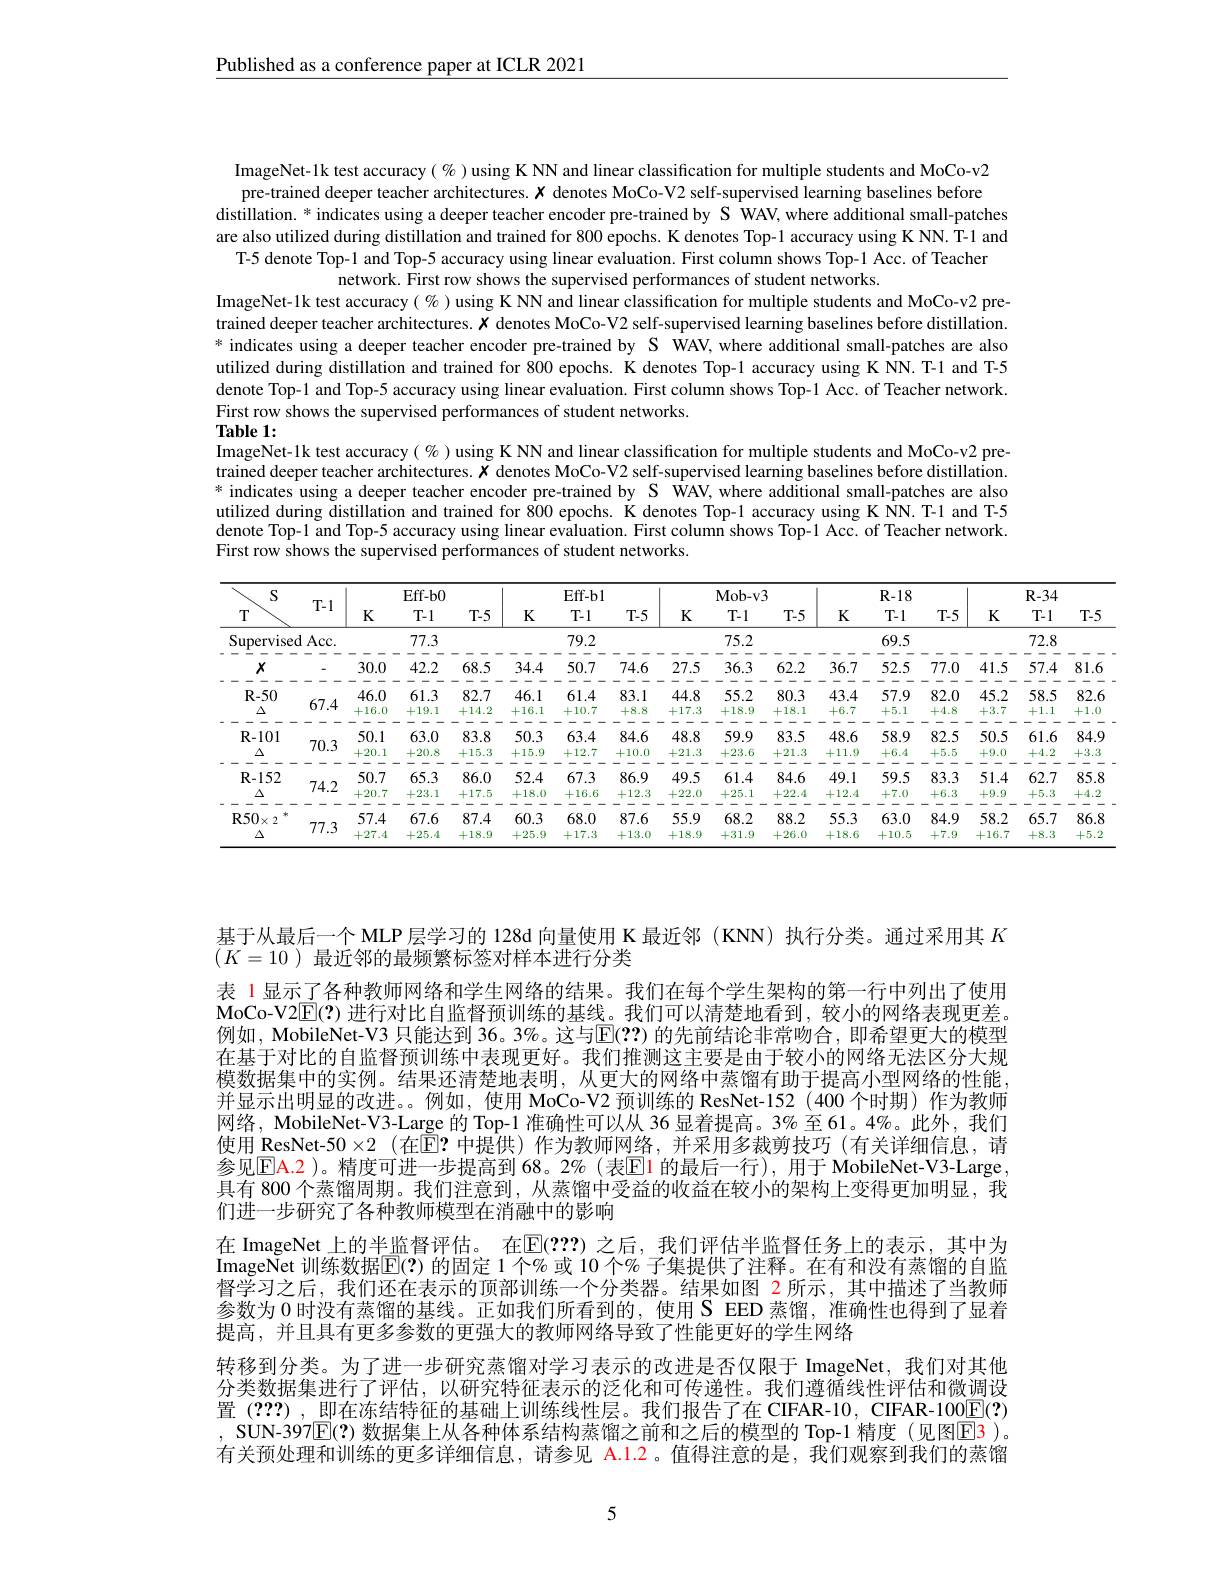
Published as a conference paper at ICLR 2021

ImageNet-1k test accuracy( % )using K NN and linear classification for multiple students and MoCo-v2 pre-trained deeper teacher architectures. $x$ denotes MoCo-V2 self-supervised learning baselines before
distillation. * indicates using a deeper teacher encoder pre-trained by S WAV, where additional small-patches are also utilized during distillation and trained for 800 epochs. K denotes Top-1 accuracy using K NN. T-1 and
T-5 denote Top-1 and Top-5 accuracy using linear evaluation. First column shows Top-1 Acc. of Teacher
network. First row shows the supervised performances of student networks.
ImageNet-1k test accuracy(%) using K NN and linear classification for multiple students and MoCo-v2 pretrained deeper teacher architectures. $x$ denotes MoCo-V2 self-supervised learning baselines before distillation. * indicates using a deeper teacher encoder pre-trained by S WAV, where additional small-patches are also utilized during distillation and trained for 800 epochs. K denotes Top-1 accuracy using K NN. T-1 and T-5 denote Top-1 and Top-5 accuracy using linear evaluation. First column shows Top-1 Acc. of Teacher network. First row shows the supervised performances of student networks.
Table 1:
ImageNet-1k test accuracy( % ) using K NN and linear classification for multiple students and MoCo-v2 pretrained deeper teacher architectures. $\bar{x}$ denotes MoCo-V2 self-supervised learning baselines before distillation. * indicates using a deeper teacher encoder pre-trained by S WAV, where additional small-patches are also utilized during distillation and trained for 800 epochs. K denotes Top-1 accuracy using K NN. T-1 and T-5 denote Top-1 and Top-5 accuracy using linear evaluation. First column shows Top-1 Acc. of Teacher network. First row shows the supervised performances of student networks.

<table>
	<tbody>
		<tr>
			<th rowspan="2">S T-1 $T$</th>
			<th>TT</th>
			<th> </th>
			<th>$Eff-b0$</th>
			<th> </th>
			<th> </th>
			<th colspan="2">$Eff-b1$</th>
			<th colspan="3">Mob- v3</th>
			<th> </th>
			<th>$R-18$</th>
			<th> </th>
			<th> </th>
			<th>$R-34$</th>
		</tr>
		<tr>
			<th>1-1</th>
			<th>K</th>
			<th>T-1</th>
			<th>$T-5$</th>
			<th>K</th>
			<th>T-1</th>
			<th>$T-5$</th>
			<th>K</th>
			<th>T-1</th>
			<th>$T-5$</th>
			<th>K</th>
			<th>$T-1$</th>
			<th>$T-5$</th>
			<th>K</th>
			<th>$T-1$</th>
		</tr>
		<tr>
			<td>Supervised</td>
			<td>$1Acc.$</td>
			<td> </td>
			<td>77.3</td>
			<td> </td>
			<td> </td>
			<td>79.2</td>
			<td> </td>
			<td> </td>
			<td>75.2</td>
			<td> </td>
			<td> </td>
			<td>69.5</td>
			<td> </td>
			<td> </td>
			<td>72.8</td>
		</tr>
		<tr>
			<td>$X$</td>
			<td>- - - -</td>
			<td>30.0</td>
			<td>42.2</td>
			<td>68.5</td>
			<td>34.4</td>
			<td>50.7</td>
			<td>74.6</td>
			<td>27.5</td>
			<td>36.3</td>
			<td>62.2</td>
			<td>36.7</td>
			<td>52.5</td>
			<td>77.0</td>
			<td>41.5</td>
			<td>57.4</td>
		</tr>
		<tr>
			<td>$R-50$</td>
			<td> </td>
			<td>46.0</td>
			<td>61.3</td>
			<td>82.7</td>
			<td>46.1</td>
			<td>61.4</td>
			<td>83.1</td>
			<td>44.8</td>
			<td>55.2</td>
			<td>80.3</td>
			<td>43.4</td>
			<td>57.9</td>
			<td>82.0</td>
			<td>45.2</td>
			<td>58.5</td>
		</tr>
		<tr>
			<td>$\Delta$</td>
			<td>67.4</td>
			<td>111 +16.0</td>
			<td>T 1 $\begin{array}{c}+19.1\\---\end{array}$</td>
			<td>一 +14.2 </td>
			<td>+16.1</td>
			<td>+10.7</td>
			<td>+8.8</td>
			<td>1111 +17.3 </td>
			<td>一一 +18.9</td>
			<td>TTT +18.1</td>
			<td>+6.7</td>
			<td>1-17 +5.1</td>
			<td>- - +4.8</td>
			<td>1 1 1 +3.7 $\frac{1}{2}$</td>
			<td>+1.1 $\frac{1}{2}$ </td>
		</tr>
		<tr>
			<td>$\mathbf{R}-101$</td>
			<td> </td>
			<td>50.1</td>
			<td>63.0</td>
			<td>83.8</td>
			<td>50.3</td>
			<td>63.4</td>
			<td>84.6</td>
			<td>48.8</td>
			<td>59.9</td>
			<td>83.5</td>
			<td>48.6</td>
			<td>58.9</td>
			<td>82.5</td>
			<td>50.5</td>
			<td>61.6</td>
		</tr>
		<tr>
			<td>$\Delta$</td>
			<td>/0.3</td>
			<td>+20.1</td>
			<td>$\begin{array}{c}+20.8\\---\end{array}$</td>
			<td>+15.3 1</td>
			<td>+15.9</td>
			<td>+12.7</td>
			<td>+10.0 $\frac{1}{2}=\frac{1}{2}$ </td>
			<td>$\begin{array}{c}+21.3\\---\end{array}$</td>
			<td>+23.6</td>
			<td>+21.3 </td>
			<td>$\begin{array}{c}+11.9\\----\end{array}.$ - </td>
			<td>+6.4 1</td>
			<td>+5.5 1 </td>
			<td>$\begin{array}{c}+9.0\\--.\end{array}$ </td>
			<td>$\begin{array}{c}+4.2\\---\end{array}$</td>
		</tr>
		<tr>
			<td>$\mathbf{R}-152$</td>
			<td> </td>
			<td>50.7</td>
			<td>65.3</td>
			<td>86.0</td>
			<td>52.4</td>
			<td>67.3</td>
			<td>86.9</td>
			<td>49.5</td>
			<td>61.4</td>
			<td>84.6</td>
			<td>49.1</td>
			<td>59.5</td>
			<td>83.3</td>
			<td>51.4</td>
			<td>62.7</td>
		</tr>
		<tr>
			<td>$\Delta$</td>
			<td>$14.\angle$</td>
			<td>+20.7</td>
			<td>+23.1</td>
			<td>+17.5</td>
			<td>+18.0</td>
			<td>+16.6</td>
			<td>+12.3</td>
			<td>+22.0</td>
			<td>+25.1</td>
			<td>+22.4</td>
			<td>+12.4</td>
			<td>+7.0</td>
			<td>+6.3</td>
			<td>+9.9</td>
			<td>+5.3</td>
		</tr>
		<tr>
			<td>$R50$ $J\times2$</td>
			<td> </td>
			<td>57.4</td>
			<td>67.6</td>
			<td>87.4</td>
			<td>60.3</td>
			<td>68.0</td>
			<td>87.6</td>
			<td>55.9</td>
			<td>68.2</td>
			<td>88.2</td>
			<td>55.3</td>
			<td>63.0</td>
			<td>84.9</td>
			<td>58.2</td>
			<td>65.7</td>
		</tr>
		<tr>
			<td>$\Delta$</td>
			<td>$II..5$</td>
			<td>+27.4</td>
			<td>+25.4</td>
			<td>+18.9</td>
			<td>+25.9</td>
			<td>+17.3</td>
			<td>+1.3.0</td>
			<td>+18.9</td>
			<td>+31.9</td>
			<td>+26.0</td>
			<td>+18.6</td>
			<td>+10.5</td>
			<td>+7.9</td>
			<td>+16.7</td>
			<td>+8.3</td>
		</tr>
	</tbody>
</table>

基于从最后一个 MLP层学习的 128d 向量使用 K 最近邻 (KNN) 执行分类。通过采用其$K$
$(K=10)$最近邻的最频繁标签对样本进行分类
表 1 显示了各种教师网络和学生网络的结果。我们在每个学生架构的第一行中列出了使用MoCo-V2$\overline{\mathbb{E}}(?)$进行对比自监督预训练的基线。我们可以清楚地看到，较小的网络表现更差。例如，MobileNet-V3 只能达到 36。3%。这与$\mathbb{E}(??)$ 的先前结论非常吻合，即希望更大的模型在基于对比的自监督预训练中表现更好。我们推测这主要是由于较小的网络无法区分大规模数据集中的实例。结果还清楚地表明，从更大的网络中蒸馏有助于提高小型网络的性能， 并显示出明显的改进。。例如，使用 MoCo-V2 预训练的 ResNet-152 (400 个时期) 作为教师网络，MobileNet-V3-Large 的 Top-1 准确性可以从 36 显着提高。3% 至 61。4%。此外，我们使用 ResNet-50$\times2$ (在$\overline{\mathbb{E}}?$ 中提供)作为教师网络，并采用多裁剪技巧(有关详细信息，请参见$\mathsf{E}\mathsf{A}.2$)。精度可进一步提高到 68。2%(表$\mathsf{E}$1 的最后一行),用于 MobileNet-V3-Large, 具有 800 个蒸馏周期。我们注意到，从蒸馏中受益的收益在较小的架构上变得更加明显，我们进一步研究了各种教师模型在消融中的影响
在 ImageNet 上的半监督评估。在$\mathbb{E}(???)$ 之后，我们评估半监督任务上的表示，其中为ImageNet 训练数据$\overline{\mathrm{E}}(?)$ 的固定 1个% 或 10 个% 子集提供了注释。在有和没有蒸馏的自监督学习之后，我们还在表示的顶部训练一个分类器。结果如图 2所示，其中描述了当教师参数为 0 时没有蒸馏的基线。正如我们所看到的，使用 S EED 蒸馏，准确性也得到了显着提高，并且具有更多参数的更强大的教师网络导致了性能更好的学生网络
转移到分类。为了进一步研究蒸馏对学习表示的改进是否仅限于 ImageNet,我们对其他分类数据集进行了评估，以研究特征表示的泛化和可传递性。我们遵循线性评估和微调设置 (???) , 即在冻结特征的基础上训练线性层。我们报告了在 CIFAR-10, CIFAR-100$\boxed{\mathrm{E}}(?)$ , SUN-397E$( \mathbf{? } )$ 数据集上从各种体系结构蒸馏之前和之后的模型的 Top-1 精度 (见图E$\color{red} 3$)。有关预处理和训练的更多详细信息，请参见 A.1.2。值得注意的是，我们观察到我们的蒸馏

5